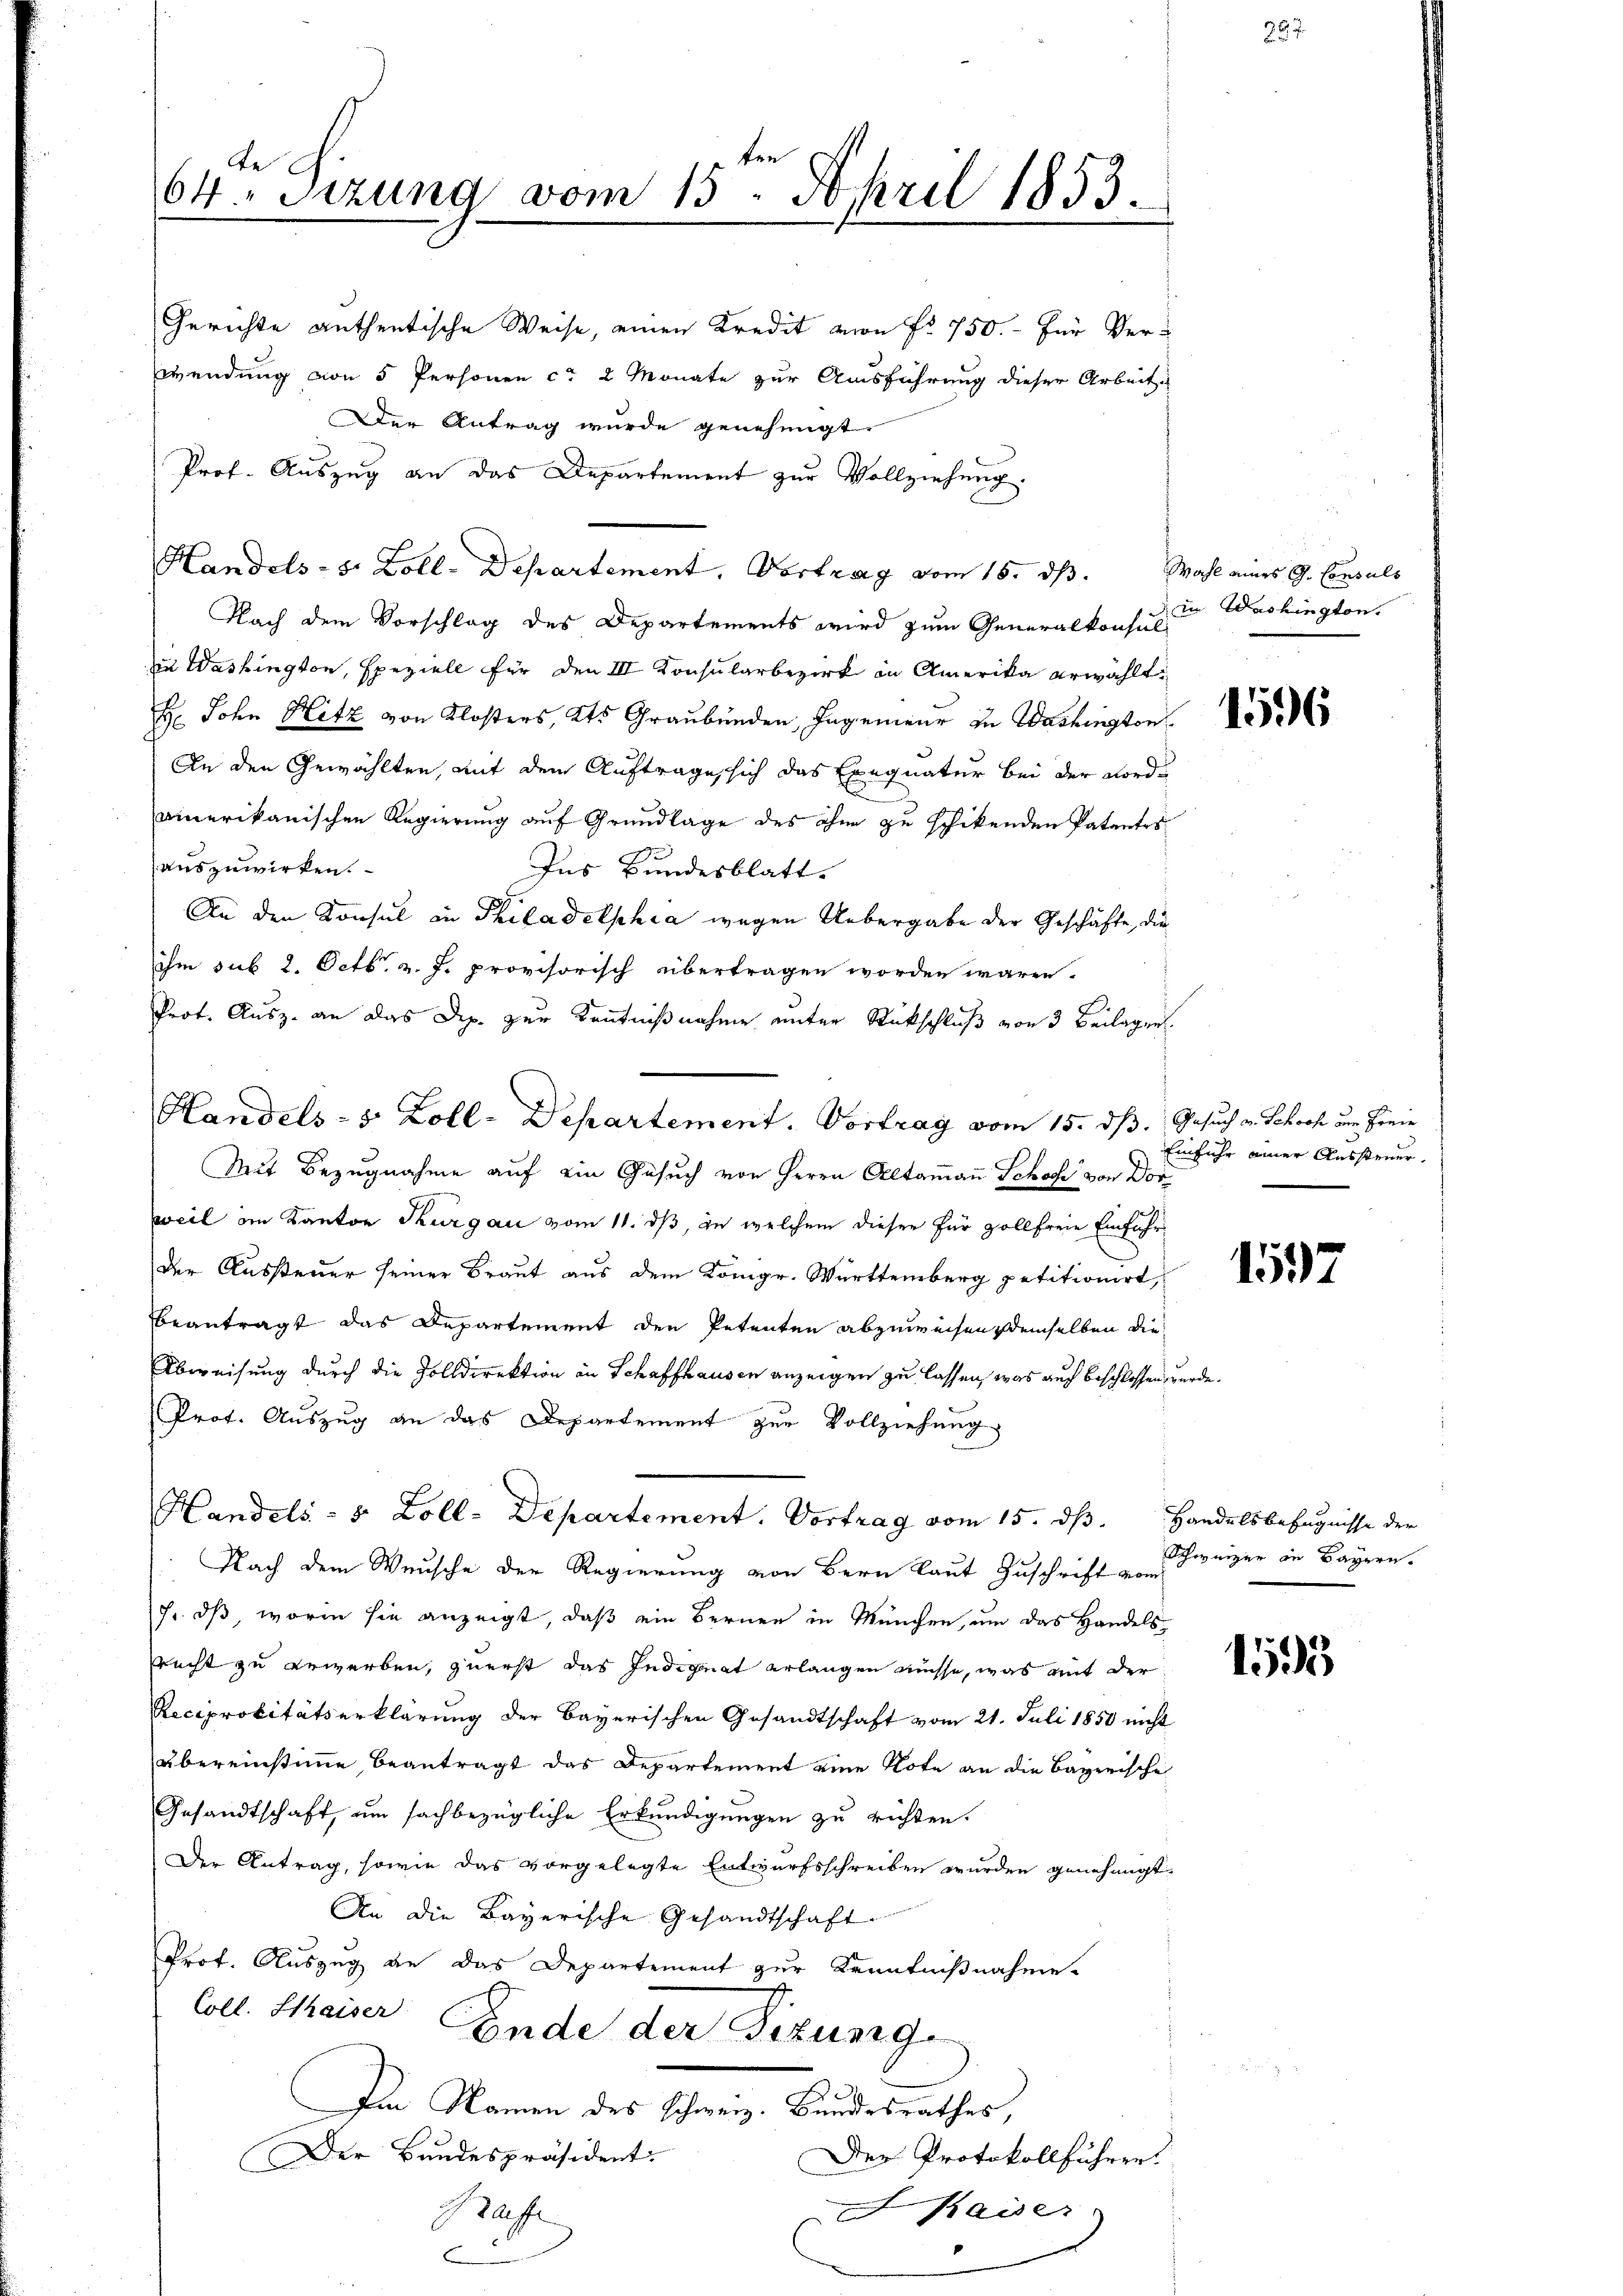
be
64. Sizung vom 15. April 1853.

Der Antrag wurde genehmigt.
Prof. Auszug an das Departement zur Vollziehung.
Handels- s. Zoll-Departement, Vortrag vom 15. dß. Wahl eines G. Consuls
Nach dem Vorschlag des Departements wird zum Generalkonsul-
in Washington, speziell für den III Konsularbezirk in Amerika erwählt
 John Hetz von Klosters, Kts Graubünden, Ingenieur zu Washington
An den Gewählten, mit dem Auftrage sich das Exequatur bei der Nordamerikanischen Regierung auf Grundlage des ohne zu schikenden Patentes
auszuwirken.
Ins Bundesblatt.
An den Konsul in Philadelphia wegen Uebergabe der Geschäfte, die
ihm sub 2. Octb. v. J. provisorisch übertragen worden wären.
Prot. Ausz. an das Dep. zur Kenntnißnahme unter Rückschluß von 3 Beilagen.
Mit Bezugnahme auf ein Gesuch von Herrn Altamaṅ Schose von Dor
weil im Kanton Thurgau vom 11. ds, in welchem dieser für vollfreie Einfuhr¬
Der Aussteuer seiner Braut aus dem Kongr. Württemberg petitionirt,
beantragt das Departement den Petenten abzuweisen, demselben die
Abweisung durch die Zolldirektion in Schaffhausen anzeigen zu lassen, was auch beschlossen, wurde.
Prot. Auszug an das Departement zur Vollziehung
Handels- & Zoll-Departement. Vortrag vom 15. dß. Handelsbefugnisse der
Nach dem Wunsche der Regierung von Bern laut Zuschrift vom
J. dß worin sie anzeigt, daß ein Bernen in München, um das Handelsrecht zu gewerben, zuerst das Indignat erlangen müsse, was mit der
Reciprocitätserklärung der Bayerischen Gesandtschaft vom 21. Juli 1850 nicht
übereinstimme beantragt das Departement eine Note an die Bayerische
Gesandtschaft, um sachbezügliche Erkundigungen zu richten.
Der Antrag, sowie das vorgelegte Entwurfsschreiben wurden genehmigt.
An die Bayerische Gesandtschaft
Prof. Auszug an das Departement zur Kenntnißnahme-
Coll. Kaiser
Ende der Fizung
Im Namen des Schweiz. Bundesrathes,
Der Bandespräsident.
Der Protokollführen.
Kaiser
Bafe
l

Handels- 5 Zoll-Departement. Vortrag vom 15. dß. Gesuch v. Schoch am Freie

Gerichte anthentische Weise, einen Kredit von Fr. 750.- für Verwendung von 5 Personen ca 2 Monate zur Ausführung dieser Arbeit

in Washington.

1596

Einfuhr einer Aussteuer.

1597

Schweizer in Bayern.

155